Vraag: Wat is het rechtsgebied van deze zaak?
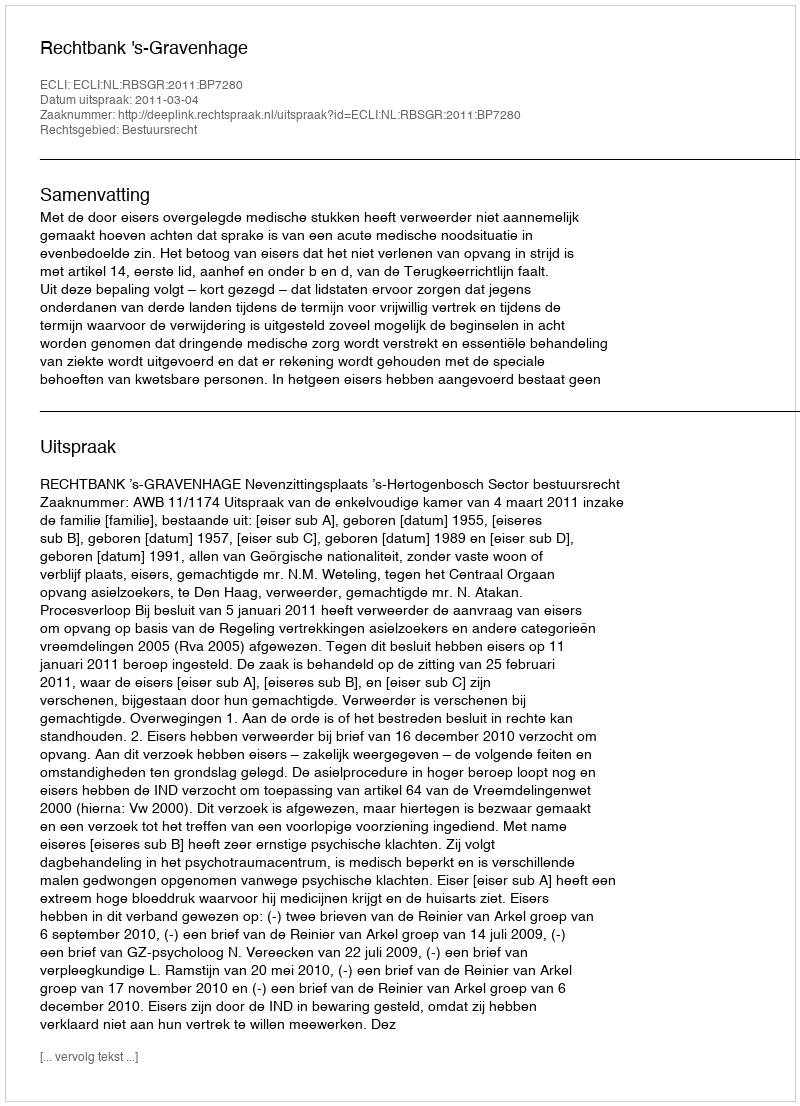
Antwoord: Bestuursrecht